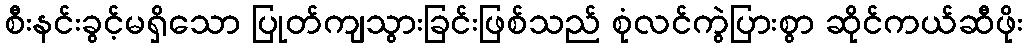
စီးနင်းခွင့်မရှိသော ပြုတ်ကျသွားခြင်းဖြစ်သည် စုံလင်ကွဲပြားစွာ ဆိုင်ကယ်ဆီဖိုး